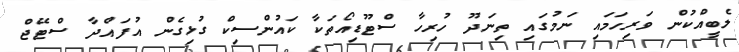
ލެބީއްކުން ވަރިހަމައި ނަމުގައި ތިނަދޫ ހުރިހާ ސްޓޫޑިއޯތަކާ ކައުންސިކް ގުޅިގެން އުފައްދާ ސްޓޭޖް